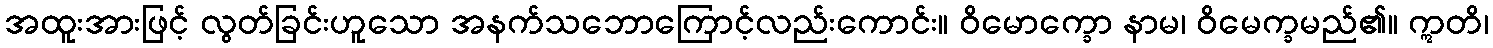
အထူးအားဖြင့် လွတ်ခြင်းဟူသော အနက်သဘောကြောင့်လည်းကောင်း။ ဝိမောက္ခော နာမ၊ ဝိမေက္ခမည်၏။ ဣတိ၊